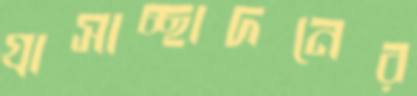
গ্রাসাচ্ছাদনের